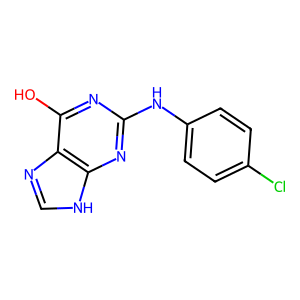
SMILES: Oc1nc(Nc2ccc(Cl)cc2)nc2[nH]cnc12
Inhibits HIV replication: No